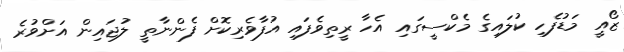
ޒޯއީ މަޑުފެހި ކުލައިގެ މެކްސީގައި އެހާ ރީތިވެފައި އުފާވެރިކޮށް ފެންނާތީ ލުޖައިން އަށްވުރެ